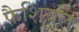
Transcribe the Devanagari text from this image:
फैशियल